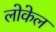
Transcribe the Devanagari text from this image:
लोकेल